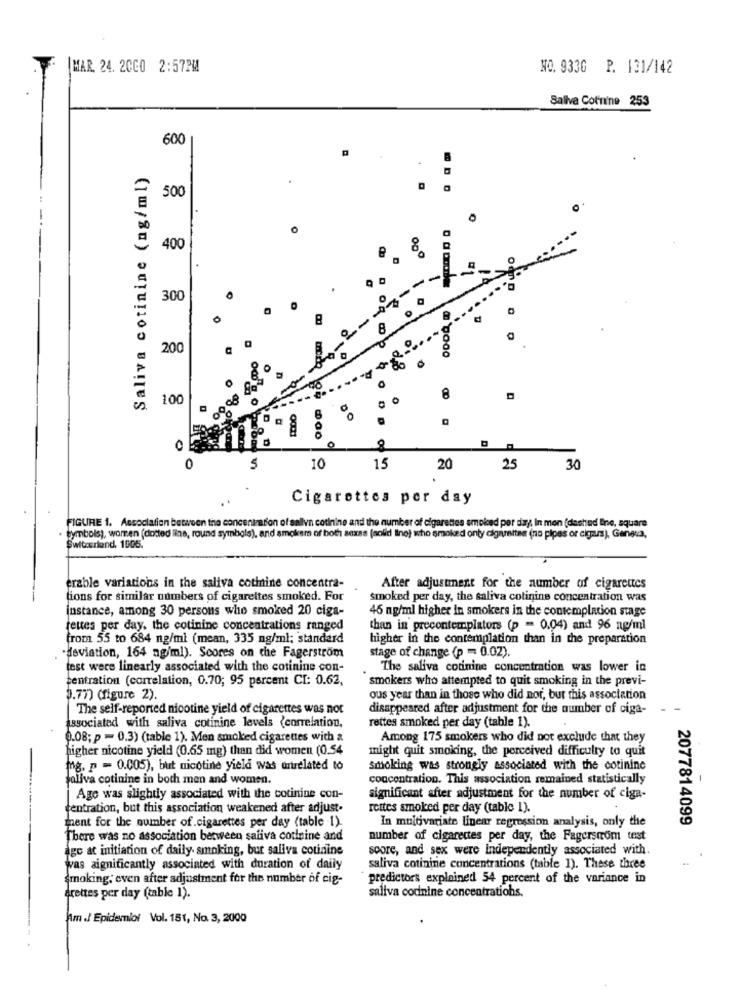
MAR. 24. 20CO 2:57PM
NO. 9330 P. 131/142
Saliva Cof'nine 253
600
Saliva cotinine (ng/ml)
500
0
400
000
300
0
200
100
8
0
0
5
10
15
20
25
30
Cigarettes per day
FIGURE 1. Association between the concentration of salva cotinine and the number of cigarettes smoked per day In men (dashed line, square
symbols), women (dotted ilne, round symbols), and smoker of both sexss (solid Ilno) who smoked onty cigarettee (no pipes or cigars), Geneva,
Switzerland, 1905.
erable variations in the saliva cotiine concentra-
After adjustment for the number of cigarettes
tions for similar numbers of cigarettes smoked. For
smoked per day, the saliva colinine concentration was
instance, among 30 persons who smoked 20 ciga-
46 ng/ml higher in smokers in the contemplation stage
tettes per day, the cotinine concentrations ranged
than in precontemplators (p = 0.04) and 96 ng/ml
from 55 to 684 ng/ml (mean, 335 ng/ml; standard
higher in the contemplation than in the preparation
stage of change (p = 0.02).
·deviation, 164 ng/ml). Scores on the Fagerström
test were linearly associated with the cotinine con-
The saliva cotinine concentration was lower in
centration (correlation, 0.70; 95 percent CI: 0.62,
smokers who attempted to quit smoking in the previ-
3.77) (figure 2).
ous year than in those who did nor, but this association
The self-reported nicotine yield of cigarettes was not
disappeared after adjustment for the number of ciga-
-
rettes smoked per day (table 1).
associated with saliva cotinine levels (correlation,
0.08; p = 0.3) (table 1). Men smoked cigarettes with a
Among 175 smokers who did not exclude that they
higher nicotine yield (0.65 mg) than did women (0.54
might quit smoking, the perceived difficulty to quit
fg. p = 0.005), but nicotine yield was trurelated to
Smoking was strongly associated with the cotinine
saliva cotinine in both men and women.
concentration. This association remained statistically
Age was slightly associated with the cotinine con-
significant after adjustment for the number of ciga-
tentration, but this association weakened after adjust-
rettes smoked per day (table 1).
ment for the number of cigarettes per day (table .1).
In multivariate linear regression analysis, only the
2077814099
There was no association between saliva cotleine and
number of cigarettes per day, the Fagerström test
age at initiation of daily. smoking, but saliva cotinine
score, and sex were Independently associated with.
was aignificantly associated with duration of daily
saliva cotinine concentrations (table 1). These three
Smoking, even after adjustment for the number of cig-
predictors explained 54 percent of the variance in
saliva codnine concentratiohs.
4rettes per day (table 1).
Am ./ Epidemiol Vol. 151, No. 3, 2000